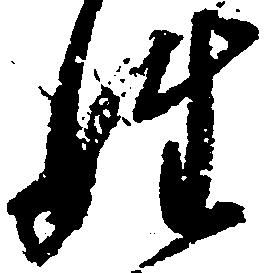
姓